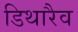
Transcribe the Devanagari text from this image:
डिथारैव